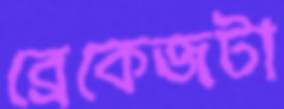
ব্রেকেজটা